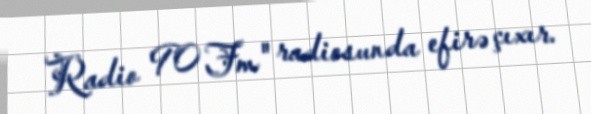
Radio 90 Fm" radiosunda efirə çıxır.